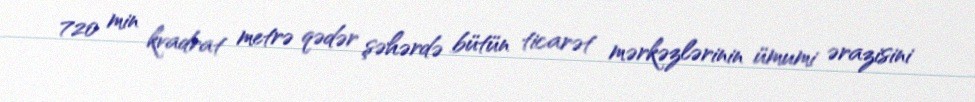
720 min kvadrat metrə qədər şəhərdə bütün ticarət mərkəzlərinin ümumi ərazisini